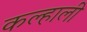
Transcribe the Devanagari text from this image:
कल्हाली